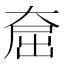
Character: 𪥕